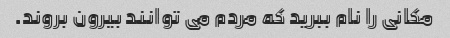
مکانی را نام ببرید که مردم می توانند بیرون بروند.